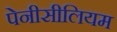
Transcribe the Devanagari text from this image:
पेनीसीलियम